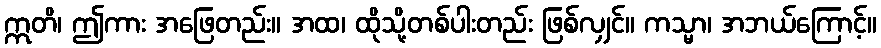
ဣတိ၊ ဤကား အဖြေတည်း။ အထ၊ ထိုသို့တစ်ပါးတည်း ဖြစ်လျှင်။ ကသ္မာ၊ အဘယ်ကြောင့်။